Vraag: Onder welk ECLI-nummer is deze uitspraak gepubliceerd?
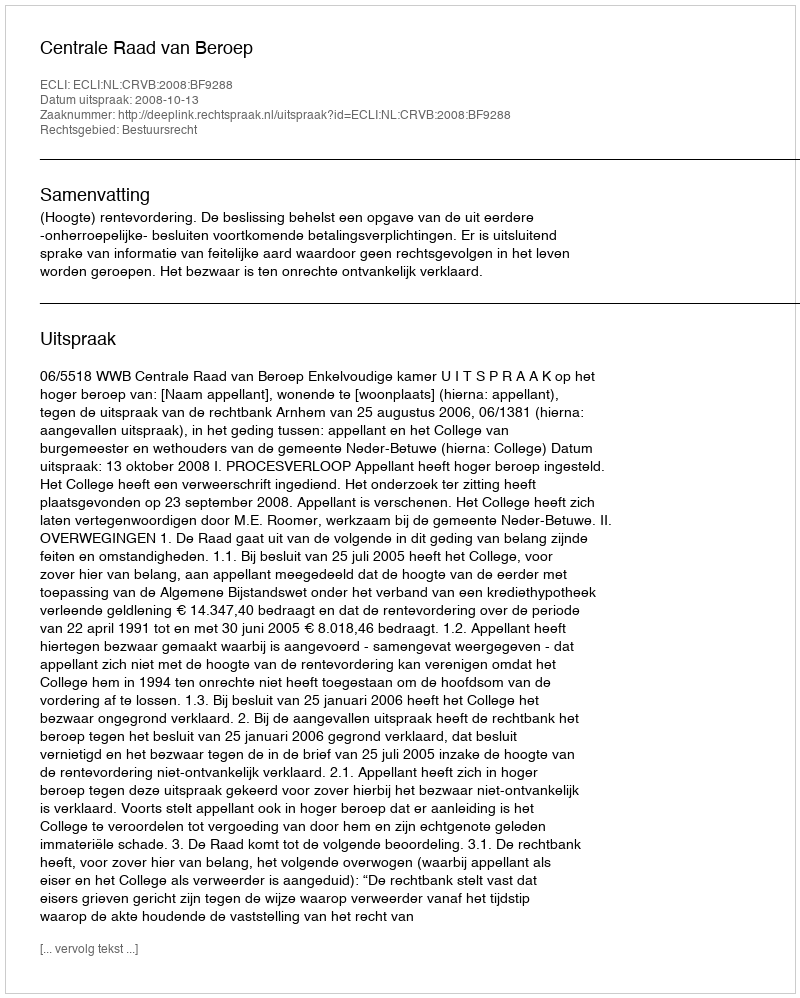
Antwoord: ECLI:NL:CRVB:2008:BF9288